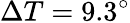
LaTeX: \Delta T=9.3^{\circ}